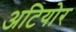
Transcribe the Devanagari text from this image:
अटियोर